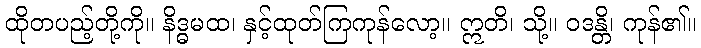
ထိုတပည့်တို့ကို။ နိဒ္ဓမထ၊ နှင့်ထုတ်ကြကုန်လော့။ ဣတိ၊ သို့။ ဝဒန္တိ၊ ကုန်၏။